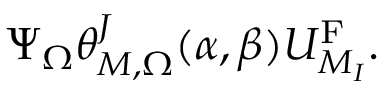
\Psi _ { \Omega } \theta _ { M , \Omega } ^ { J } ( \alpha , \beta ) U _ { M _ { I } } ^ { \mathrm { F } } .